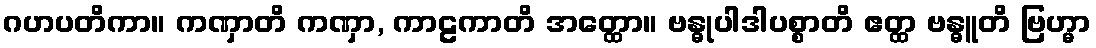
ဂဟပတိကာ။ ကဏှာတိ ကဏှာ, ကာဠကာတိ အတ္ထော။ ဗန္ဓုပါဒါပစ္စာတိ ဧတ္ထ ဗန္ဓူတိ ဗြဟ္မာ